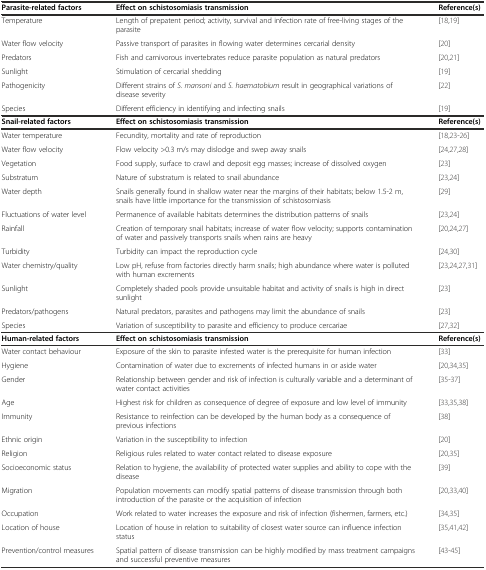
<table><thead><tr><td><b>Parasite-related factors</b></td><td><b>Effect on schistosomiasis transmission</b></td><td><b>Reference(s)</b></td></tr></thead><tbody><tr><td>Temperature</td><td>Length of prepatent period; activity, survival and infection rate of free-living stages of the parasite</td><td>[18,19]</td></tr><tr><td>Water flow velocity</td><td>Passive transport of parasites in flowing water determines cercarial density</td><td>[20]</td></tr><tr><td>Predators</td><td>Fish and carnivorous invertebrates reduce parasite population as natural predators</td><td>[20,21]</td></tr><tr><td>Sunlight</td><td>Stimulation of cercarial shedding</td><td>[19]</td></tr><tr><td>Pathogenicity</td><td>Different strains of <i>S. mansoni</i> and <i>S. haematobium</i> result in geographical variations of disease severity</td><td>[22]</td></tr><tr><td>Species</td><td>Different efficiency in identifying and infecting snails</td><td>[19]</td></tr><tr><td><b>Snail-related factors</b></td><td><b>Effect on schistosomiasis transmission</b></td><td><b>Reference(s)</b></td></tr><tr><td>Water temperature</td><td>Fecundity, mortality and rate of reproduction</td><td>[18,23-26]</td></tr><tr><td>Water flow velocity</td><td>Flow velocity &gt;0.3 m/s may dislodge and swep away snails</td><td>[24,27,28]</td></tr><tr><td>Vegetation</td><td>Food supply, surface to crawl and deposit egg masses; increase of dissolved oxygen</td><td>[23]</td></tr><tr><td>Substratum</td><td>Nature of substratum is related to snail abundance</td><td>[23,24]</td></tr><tr><td>Water depth</td><td>Snails generally found in shallow water near the margins of their habitats; below 1.5-2 m, snails have little importance for the transmission of schistosomiasis</td><td>[29]</td></tr><tr><td>Fluctuations of water level</td><td>Permanence of available habitats determines the distribution patterns of snails</td><td>[23,24]</td></tr><tr><td>Rainfall</td><td>Creation of temporary snail habitats; increase of water flow velocity; supports contamination of water and passively transports snails when rains are heavy</td><td>[20,24,27]</td></tr><tr><td>Turbidity</td><td>Turbidity can impact the reproduction cycle</td><td>[24,30]</td></tr><tr><td>Water chemistry/quality</td><td>Low pH, refuse from factories directly harm snails; high abundance where water is polluted with human excrements</td><td>[23,24,27,31]</td></tr><tr><td>Sunlight</td><td>Completely shaded pools provide unsuitable habitat and activity of snails is high in direct sunlight</td><td>[23]</td></tr><tr><td>Predators/pathogens</td><td>Natural predators, parasites and pathogens may limit the abundance of snails</td><td>[23]</td></tr><tr><td>Species</td><td>Variation of susceptibility to parasite and efficiency to produce cercariae</td><td>[27,32]</td></tr><tr><td><b>Human-related factors</b></td><td><b>Effect on schistosomiasis transmission</b></td><td><b>Reference(s)</b></td></tr><tr><td>Water contact behaviour</td><td>Exposure of the skin to parasite infested water is the prerequisite for human infection</td><td>[33]</td></tr><tr><td>Hygiene</td><td>Contamination of water due to excrements of infected humans in or aside water</td><td>[20,34,35]</td></tr><tr><td>Gender</td><td>Relationship between gender and risk of infection is culturally variable and a determinant of water contact activities</td><td>[35-37]</td></tr><tr><td>Age</td><td>Highest risk for children as consequence of degree of exposure and low level of immunity</td><td>[33,35,38]</td></tr><tr><td>Immunity</td><td>Resistance to reinfection can be developed by the human body as a consequence of previous infections</td><td>[38]</td></tr><tr><td>Ethnic origin</td><td>Variation in the susceptibility to infection</td><td>[20]</td></tr><tr><td>Religion</td><td>Religious rules related to water contact related to disease exposure</td><td>[20,35]</td></tr><tr><td>Socioeconomic status</td><td>Relation to hygiene, the availability of protected water supplies and ability to cope with the disease</td><td>[39]</td></tr><tr><td>Migration</td><td>Population movements can modify spatial patterns of disease transmission through both introduction of the parasite or the acquisition of infection</td><td>[20,33,40]</td></tr><tr><td>Occupation</td><td>Work related to water increases the exposure and risk of infection (fishermen, farmers, etc.)</td><td>[34,35]</td></tr><tr><td>Location of house</td><td>Location of house in relation to suitability of closest water source can influence infection status</td><td>[35,41,42]</td></tr><tr><td>Prevention/control measures</td><td>Spatial pattern of disease transmission can be highly modified by mass treatment campaigns and successful preventive measures</td><td>[43-45]</td></tr></tbody></table>